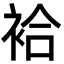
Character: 袷